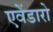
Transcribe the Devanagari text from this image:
एवेंडारो